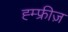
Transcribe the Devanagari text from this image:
ह्म्फ्रीज़